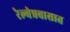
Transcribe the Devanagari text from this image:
रेल्वेप्रवासात